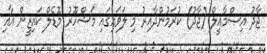
ޖާދު އިސްމާއީލް (ޖާދު) ކުރަމުންދާއިރު މި ލަވައިގައި މަޝްހޫރު މޮޑެލް ކައިޒީން އާއި